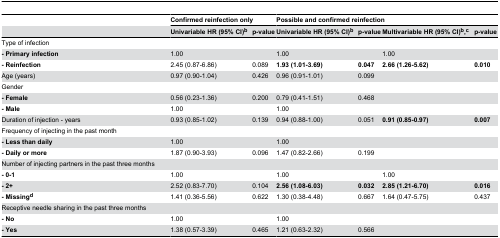
<table><thead><tr><td>[EMPTY_CELL]</td><td colspan="2"><b>Confirmed reinfection only</b></td><td colspan="4"><b>Possible and confirmed reinfection</b></td></tr><tr><td>[EMPTY_CELL]</td><td><b>Univariable HR (95% CI)<sup>b</sup></b></td><td><b>p-value</b></td><td><b>Univariable HR (95% CI)<sup>b</sup></b></td><td><b>p-value</b></td><td><b>Multivariable HR (95% CI)<sup>b</sup>,<sup>c</sup></b></td><td><b>p-value</b></td></tr></thead><tbody><tr><td>Type of infection</td><td>[EMPTY_CELL]</td><td>[EMPTY_CELL]</td><td>[EMPTY_CELL]</td><td>[EMPTY_CELL]</td><td>[EMPTY_CELL]</td><td>[EMPTY_CELL]</td></tr><tr><td><b>- Primary infection</b></td><td>1.00</td><td>[EMPTY_CELL]</td><td>1.00</td><td>[EMPTY_CELL]</td><td>1.00</td><td>[EMPTY_CELL]</td></tr><tr><td><b>- Reinfection</b></td><td>2.45 (0.87-6.86)</td><td>0.089</td><td><b>1.93 (1.01-3.69)</b></td><td><b>0.047</b></td><td><b>2.66 (1.26-5.62)</b></td><td><b>0.010</b></td></tr><tr><td>Age (years)</td><td>0.97 (0.90-1.04)</td><td>0.426</td><td>0.96 (0.91-1.01)</td><td>0.099</td><td>[EMPTY_CELL]</td><td>[EMPTY_CELL]</td></tr><tr><td>Gender</td><td>[EMPTY_CELL]</td><td>[EMPTY_CELL]</td><td>[EMPTY_CELL]</td><td>[EMPTY_CELL]</td><td>[EMPTY_CELL]</td><td>[EMPTY_CELL]</td></tr><tr><td><b>- Female</b></td><td>0.56 (0.23-1.36)</td><td>0.200</td><td>0.79 (0.41-1.51)</td><td>0.468</td><td>[EMPTY_CELL]</td><td>[EMPTY_CELL]</td></tr><tr><td><b>- Male</b></td><td>1.00</td><td>[EMPTY_CELL]</td><td>1.00</td><td>[EMPTY_CELL]</td><td>[EMPTY_CELL]</td><td>[EMPTY_CELL]</td></tr><tr><td>Duration of injection - years</td><td>0.93 (0.85-1.02)</td><td>0.139</td><td>0.94 (0.88-1.00)</td><td>0.051</td><td><b>0.91 (0.85-0.97)</b></td><td><b>0.007</b></td></tr><tr><td>Frequency of injecting in the past month</td><td>[EMPTY_CELL]</td><td>[EMPTY_CELL]</td><td>[EMPTY_CELL]</td><td>[EMPTY_CELL]</td><td>[EMPTY_CELL]</td><td>[EMPTY_CELL]</td></tr><tr><td><b>- Less than daily</b></td><td>1.00</td><td>[EMPTY_CELL]</td><td>1.00</td><td>[EMPTY_CELL]</td><td>[EMPTY_CELL]</td><td>[EMPTY_CELL]</td></tr><tr><td><b>- Daily or more</b></td><td>1.87 (0.90-3.93)</td><td>0.096</td><td>1.47 (0.82-2.66)</td><td>0.199</td><td>[EMPTY_CELL]</td><td>[EMPTY_CELL]</td></tr><tr><td>Number of injecting partners in the past three months</td><td>[EMPTY_CELL]</td><td>[EMPTY_CELL]</td><td>[EMPTY_CELL]</td><td>[EMPTY_CELL]</td><td>[EMPTY_CELL]</td><td>[EMPTY_CELL]</td></tr><tr><td><b>- 0-1</b></td><td>1.00</td><td>[EMPTY_CELL]</td><td>1.00</td><td>[EMPTY_CELL]</td><td>1.00</td><td>[EMPTY_CELL]</td></tr><tr><td><b>- 2+</b></td><td>2.52 (0.83-7.70)</td><td>0.104</td><td><b>2.56 (1.08-6.03)</b></td><td><b>0.032</b></td><td><b>2.85 (1.21-6.70)</b></td><td><b>0.016</b></td></tr><tr><td><b>- Missing<sup>d</sup></b></td><td>1.41 (0.36-5.56)</td><td>0.622</td><td>1.30 (0.38-4.48)</td><td>0.667</td><td>1.64 (0.47-5.75)</td><td>0.437</td></tr><tr><td>Receptive needle sharing in the past three months</td><td>[EMPTY_CELL]</td><td>[EMPTY_CELL]</td><td>[EMPTY_CELL]</td><td>[EMPTY_CELL]</td><td>[EMPTY_CELL]</td><td>[EMPTY_CELL]</td></tr><tr><td><b>- No</b></td><td>1.00</td><td>[EMPTY_CELL]</td><td>1.00</td><td>[EMPTY_CELL]</td><td>[EMPTY_CELL]</td><td>[EMPTY_CELL]</td></tr><tr><td><b>- Yes</b></td><td>1.38 (0.57-3.39)</td><td>0.465</td><td>1.21 (0.63-2.32)</td><td>0.566</td><td>[EMPTY_CELL]</td><td>[EMPTY_CELL]</td></tr></tbody></table>